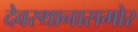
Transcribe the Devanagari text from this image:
देवस्थानासमोर